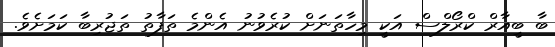
ބާ ބީއާރް ކްރޯލްސް އަކީ މިހާތަނަށް ކުރެވުނު އެންމެ ތަފާތު ތަޖުރިބާ ކަމަށެވެ.